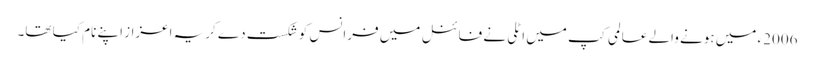
2006ء میں ہونے والے عالمی کپ میں اٹلی نے فائنل میں فرانس کو شکست دے کریہ اعزاز اپنے نام کیا تھا۔